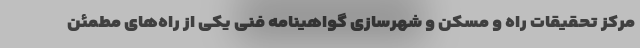
مرکز تحقیقات راه و مسکن و شهرسازی گواهینامه فنی یکی از راه‌های مطمئن